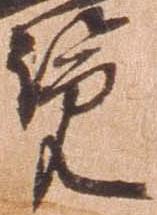
覧